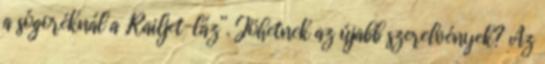
a sógoréknál a „Railjet-láz”. Jöhetnek az újabb szerelvények? Az